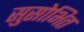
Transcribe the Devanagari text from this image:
सुसोभित